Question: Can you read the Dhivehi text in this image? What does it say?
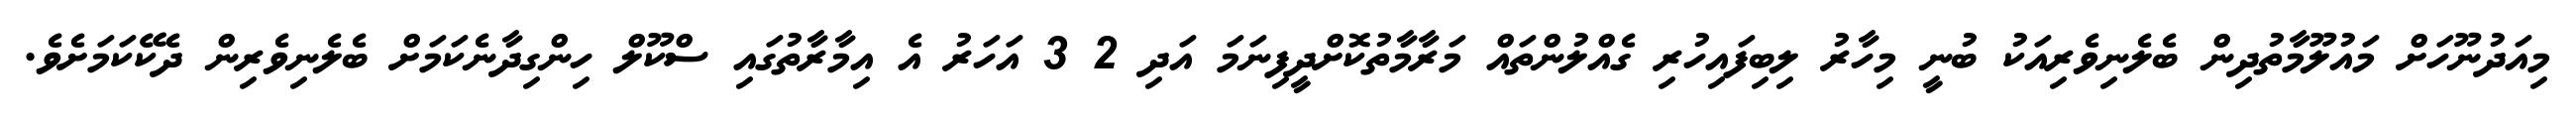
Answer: މިއަދުނޫހަށް މައުލޫމާތުދިން ބެލެނިވެރިއަކު ބުނީ މިހާރު ލިބިފައިހުރި ގެއްލުންތައް މަރާމާތުކޮށްދީފިނަމަ އަދި 2 3 އަހަރު އެ އިމާރާތުގައި ސްކޫލް ހިންގިދާނެކަމަށް ބެލެނިވެރިން ދެކޭކަމަށެވެ.